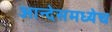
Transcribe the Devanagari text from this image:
आन्देसमध्येच